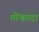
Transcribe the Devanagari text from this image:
मोंकादा